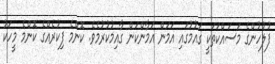
ފުލުހުންގެ މަސައްކަތަކީ ގައުމުގައި އަމަން އަމާންކަން ގާއިމުކުރުމެވެ. ކޮންމެ ފިކުރެއްގެ ކޮންމެ މީހަކު